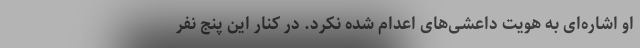
او اشاره‌ای به هویت داعشی‌های اعدام شده نکرد. در کنار این پنج نفر